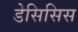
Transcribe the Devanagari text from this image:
डेसिसिस